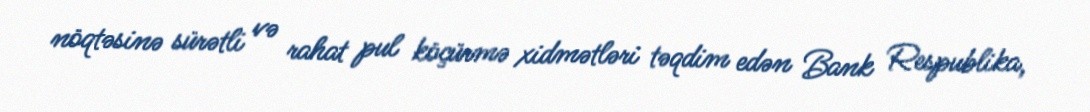
nöqtəsinə sürətli və rahat pul köçürmə xidmətləri təqdim edən Bank Respublika,